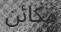
مكائن